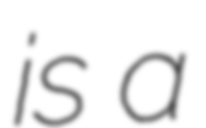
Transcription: is a